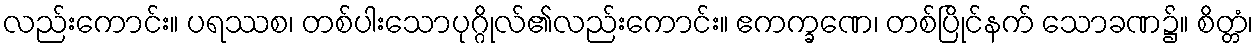
လည်းကောင်း။ ပရဿစ၊ တစ်ပါးသောပုဂ္ဂိုလ်၏လည်းကောင်း။ ဧကက္ခဏေ၊ တစ်ပြိုင်နက် သောခဏ၌။ စိတ္တံ၊